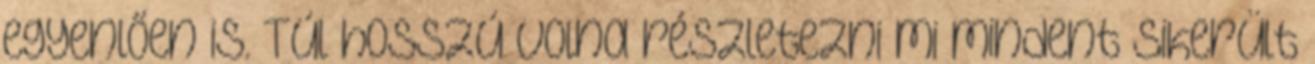
egyenlően is. Túl hosszú volna részletezni mi mindent sikerült